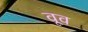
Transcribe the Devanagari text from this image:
वूव